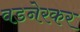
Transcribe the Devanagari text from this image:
वडनेरकर